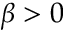
\beta > 0